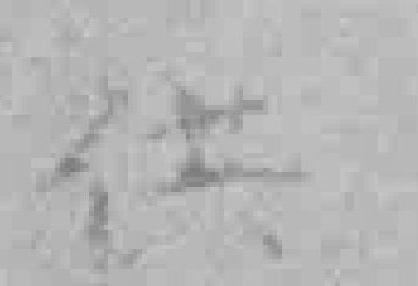
供